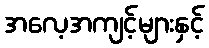
အလေ့အကျင့်များနှင့်